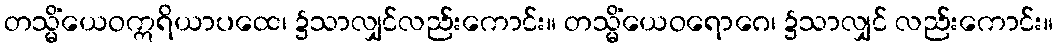
တသ္မိံယေဝဣရိယာပထေ၊ ၌သာလျှင်လည်းကောင်း။ တသ္မိံယေဝရောဂေ၊ ၌သာလျှင် လည်းကောင်း။